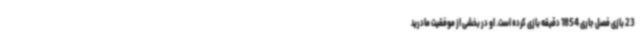
23 بازی فصل جاری 1854 دقیقه بازی کرده است. او در بخشی از موفقیت مادرید